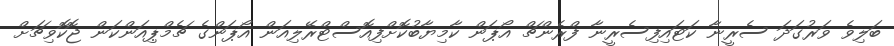
ބަލިވެ ވަރުގަދަ ސެރީނާ ކަޓައިފިސެރީނާ ފްރެންޗް އޯޕަން ކާމިޔާބުކޮށްފިއޮސްޓްރޭލިއަން އޯޕަންގެ ޗެމްޕިއަންކަން ޖޮކޮވިޗަށް